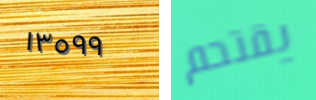
١٣٥٩٩ يقتحم